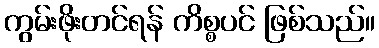
ကွမ်းဖိုးတင်ရန် ကိစ္စပင် ဖြစ်သည်။